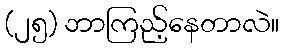
(၂၅) ဘာကြည့်နေတာလဲ။